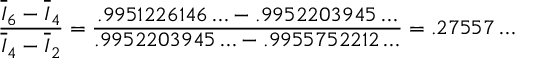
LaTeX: \frac { \overline { { { I } } } _ { 6 } - \overline { { { I } } } _ { 4 } } { \overline { { { I } } } _ { 4 } - \overline { { { I } } } _ { 2 } } = { \frac { { . 9 9 5 1 2 2 6 1 4 6 \ldots - . 9 9 5 2 2 0 3 9 4 5 \ldots } } { { . 9 9 5 2 2 0 3 9 4 5 \ldots - . 9 9 5 5 7 5 2 2 1 2 \ldots } } } = . 2 7 5 5 7 \ldots